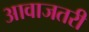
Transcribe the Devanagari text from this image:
आवाजतरी